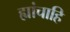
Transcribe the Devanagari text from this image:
ह्यांचाहि